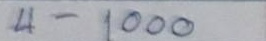
4 - 1000